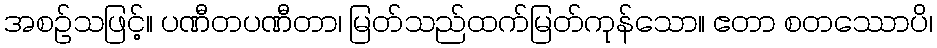
အစဉ်သဖြင့်။ ပဏီတပဏီတာ၊ မြတ်သည်ထက်မြတ်ကုန်သော။ ဧတာ စတဿောပိ၊